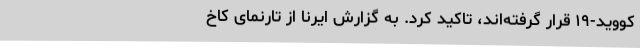
کووید-۱۹ قرار گرفته‌اند، تاکید کرد. به گزارش ایرنا از تارنمای کاخ